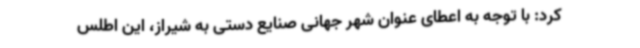
کرد: با توجه به اعطای عنوان شهر جهانی صنایع دستی به شیراز، این اطلس